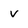
Character: v